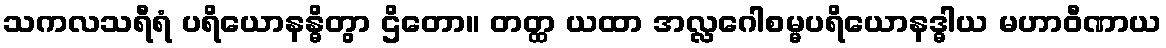
သကလသရီရံ ပရိယောနန္ဓိတွာ ဌိတော။ တတ္ထ ယထာ အလ္လဂေါစမ္မပရိယောနဒ္ဓါယ မဟာဝီဏာယ